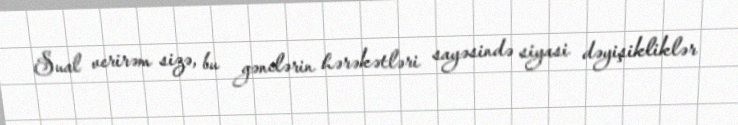
Sual verirəm sizə, bu gənclərin hərəkətləri sayəsində siyasi dəyişikliklər